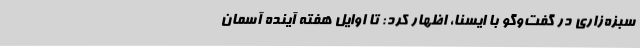
سبزه‌زاری در گفت‌وگو با ایسنا، اظهار کرد: تا اوایل هفته آینده آسمان